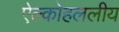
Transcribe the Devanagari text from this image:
ऐल्कोहललीय